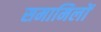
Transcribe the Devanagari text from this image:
समामिलों